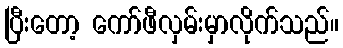
ပြီးတော့ ကော်ဖီလှမ်းမှာလိုက်သည်။